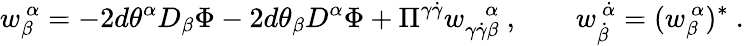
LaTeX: {w}_{\beta}^{~\alpha}=-2d\theta^{\alpha}D_{\beta}\Phi-2d\theta_{\beta}D^{\alpha}\Phi+\Pi^{\gamma\dot{\gamma}}w_{\gamma\dot{\gamma}\beta}^{~~~~\alpha}~,\qquad w_{\dot{\beta}}^{~\dot{\alpha}}=(w_{\beta}^{~\alpha})^{*}~.